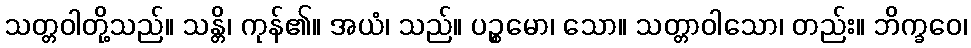
သတ္တဝါတို့သည်။ သန္တိ၊ ကုန်၏။ အယံ၊ သည်။ ပဉ္စမော၊ သော။ သတ္တာဝါသော၊ တည်း။ ဘိက္ခဝေ၊